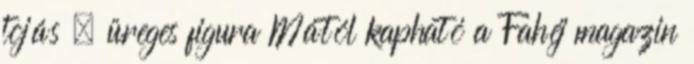
tojás , üreges figura Mától kapható a Fahéj magazin